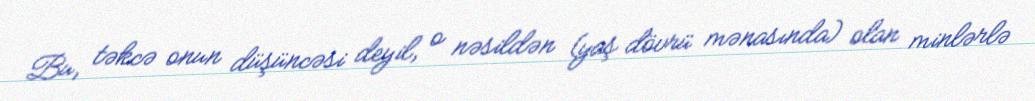
Bu, təkcə onun düşüncəsi deyil, o nəsildən (yaş dövrü mənasında) olan minlərlə